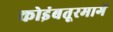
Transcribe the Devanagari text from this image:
कोइंबतूरमार्गे